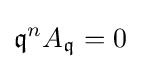
{\mathfrak {q}}^{n}A_{\mathfrak {q}}=0